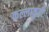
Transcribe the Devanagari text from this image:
कल्लाकुडी